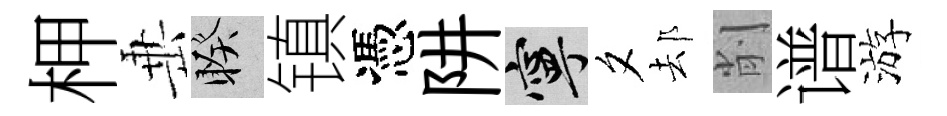
柙𡸁睽镇憑阱寧夕𨚫削谱游